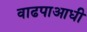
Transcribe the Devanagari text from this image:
वाढपाआधी